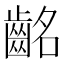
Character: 𪗸